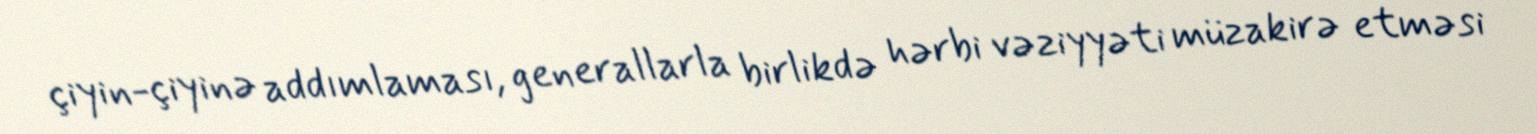
çiyin-çiyinə addımlaması, generallarla birlikdə hərbi vəziyyəti müzakirə etməsi